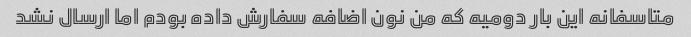
متاسفانه این بار دومیه که من نون اضافه سفارش داده بودم اما ارسال نشد